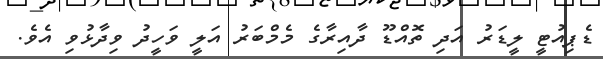
ޑެޕިއުޓީ ލީޑަރު އަދި ތޮއްޑޫ ދާއިރާގެ މެމްބަރު އަލީ ވަހީދު ވިދާޅުވި އެވެ.